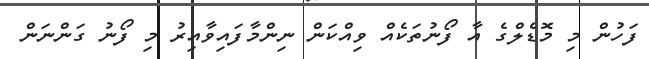
ފަހުން މި މޮޑެލްގެ އާ ފޯނުތަކެއް ވިއްކަން ނިންމާފައިވާއިރު މި ފޯނު ގަންނަން